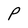
Character: P